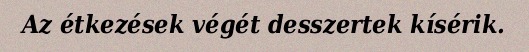
Az étkezések végét desszertek kísérik.